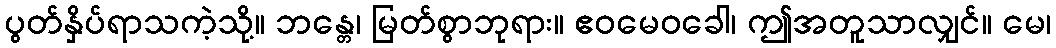
ပွတ်နှိပ်ရာသကဲ့သို့။ ဘန္တေ၊ မြတ်စွာဘုရား။ ဧဝမေဝခေါ၊ ဤအတူသာလျှင်။ မေ၊